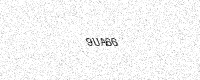
Text: 9UA66